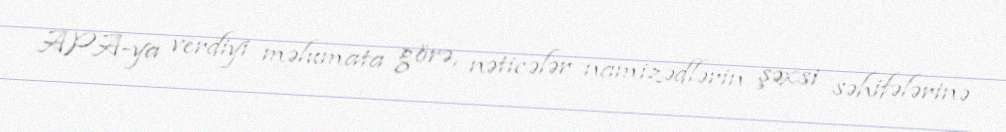
APA-ya verdiyi məlumata görə, nəticələr namizədlərin şəxsi səhifələrinə